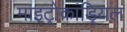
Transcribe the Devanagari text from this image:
माइट्रोकांड्रियल